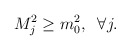
\begin{align*}M_{j}^{2}\geq m_{0}^{2},\; \; \forall j.\end{align*}